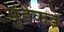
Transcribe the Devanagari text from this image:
मुंडेंकडे